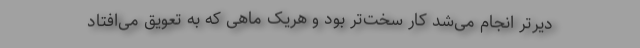
دیرتر انجام می‌شد کار سخت‌تر بود و هریک ماهی که به تعویق می‌افتاد